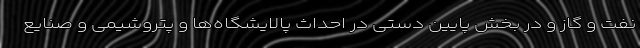
نفت و گاز و در بخش پایین دستی در احداث پالایشگاه‌ها و پتروشیمی و صنایع